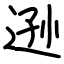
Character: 逊